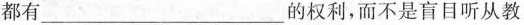
都有 ___ 的权利，而不是盲目听从教